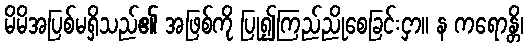
မိမိအပြစ်မရှိသည်၏ အဖြစ်ကို ပြု၍ကြည်ညိုစေခြင်းငှာ။ န ကရောန္တိ၊